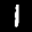
Label: 1